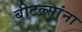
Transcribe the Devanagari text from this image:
बीटल्सांना